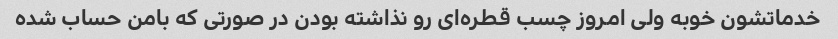
خدماتشون خوبه ولی امروز چسب قطره‌ای رو نذاشته بودن در صورتی که بامن حساب شده